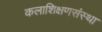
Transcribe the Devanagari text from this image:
कलाशिक्षणसंस्था